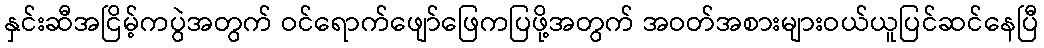
နှင်းဆီအငြိမ့်ကပွဲအတွက် ဝင်ရောက်ဖျော်ဖြေကပြဖို့အတွက် အဝတ်အစားများဝယ်ယူပြင်ဆင်နေပြီ